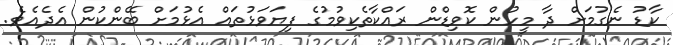
ކާޑު ނެގުމަށް ދާ މީހުން ކޮވިޑްން ރައްކާތެކިވުމުގެ ފިޔަވަޅުތައް އެޅުމަށް ބޭންކުން އެދެއެވެ.